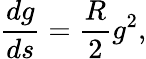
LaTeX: \frac{dg}{ds}=\frac{R}{2}g^{2},